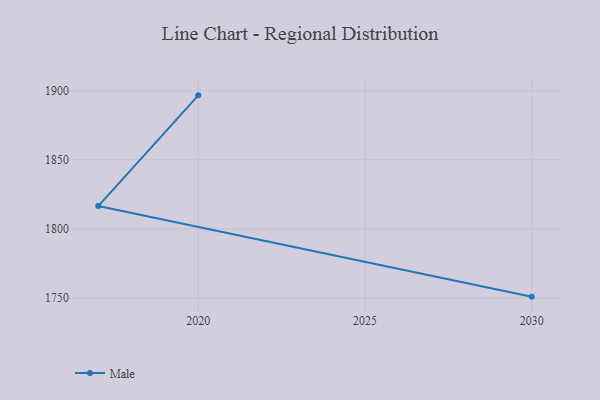
{"axis": {"x": "Year", "y": "Revenue (USD Million)"}, "legend": ["Male"], "data": [{"x": "2030", "y": 1751.0, "type": "Male"}, {"x": "2017", "y": 1816.5, "type": "Male"}, {"x": "2020", "y": 1896.6, "type": "Male"}]}